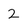
Character: 2